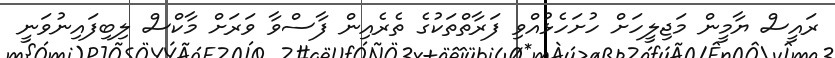
ރައީސް ޔާމީން މަޖިލީހަށް ހުށަހެޅުއްވި ފަރާތްތަކުގެ ތެރެއިން ފާސްވާ ވަރަށް މާކްސް ލިބިފައިނުވަނީ